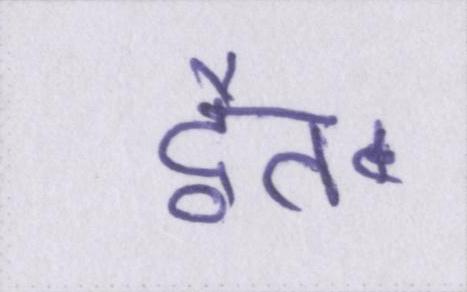
द्वैत